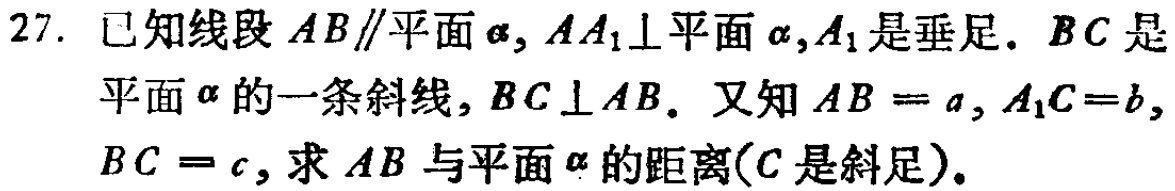
27. 已知线段 \(AB\parallel\)平面\(\alpha\)，\(AA_{1}\perp\)平面\(\alpha\)，\(A_{1}\)是垂足. \(BC\)是平面\(\alpha\)的一条斜线，\(BC\perp AB\). 又知\(AB = a\)，\(A_{1}C = b\)，\(BC = c\)，求 \(AB\)与平面\(\alpha\)的距离(\(C\)是斜足).